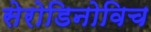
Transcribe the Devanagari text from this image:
सेरोडिनोविच